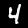
Digit: 4